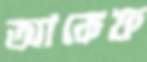
আকেফ